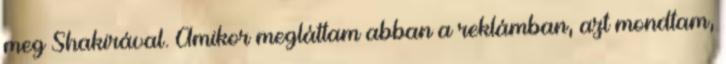
meg Shakirával. Amikor megláttam abban a reklámban, azt mondtam,